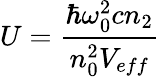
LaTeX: U=\frac{\hbar\omega_{0}^{2}cn_{2}}{n_{0}^{2}V_{eff}}